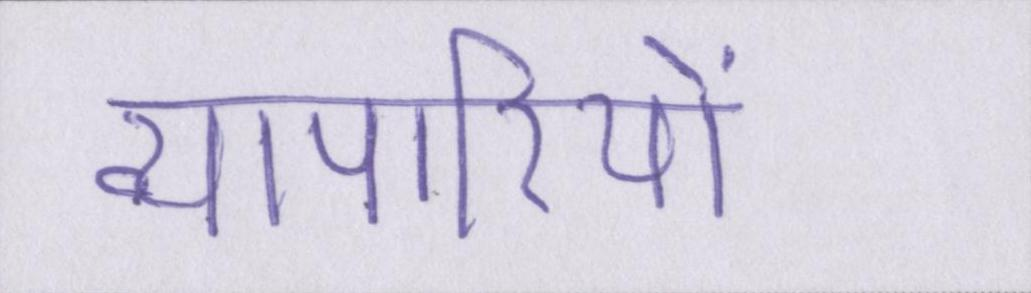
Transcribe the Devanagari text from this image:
व्यापारियों